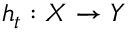
h _ { t } : X \to Y